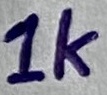
Text: 1K